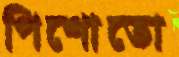
পিশোতো